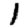
Digit: 1